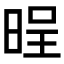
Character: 𣇒